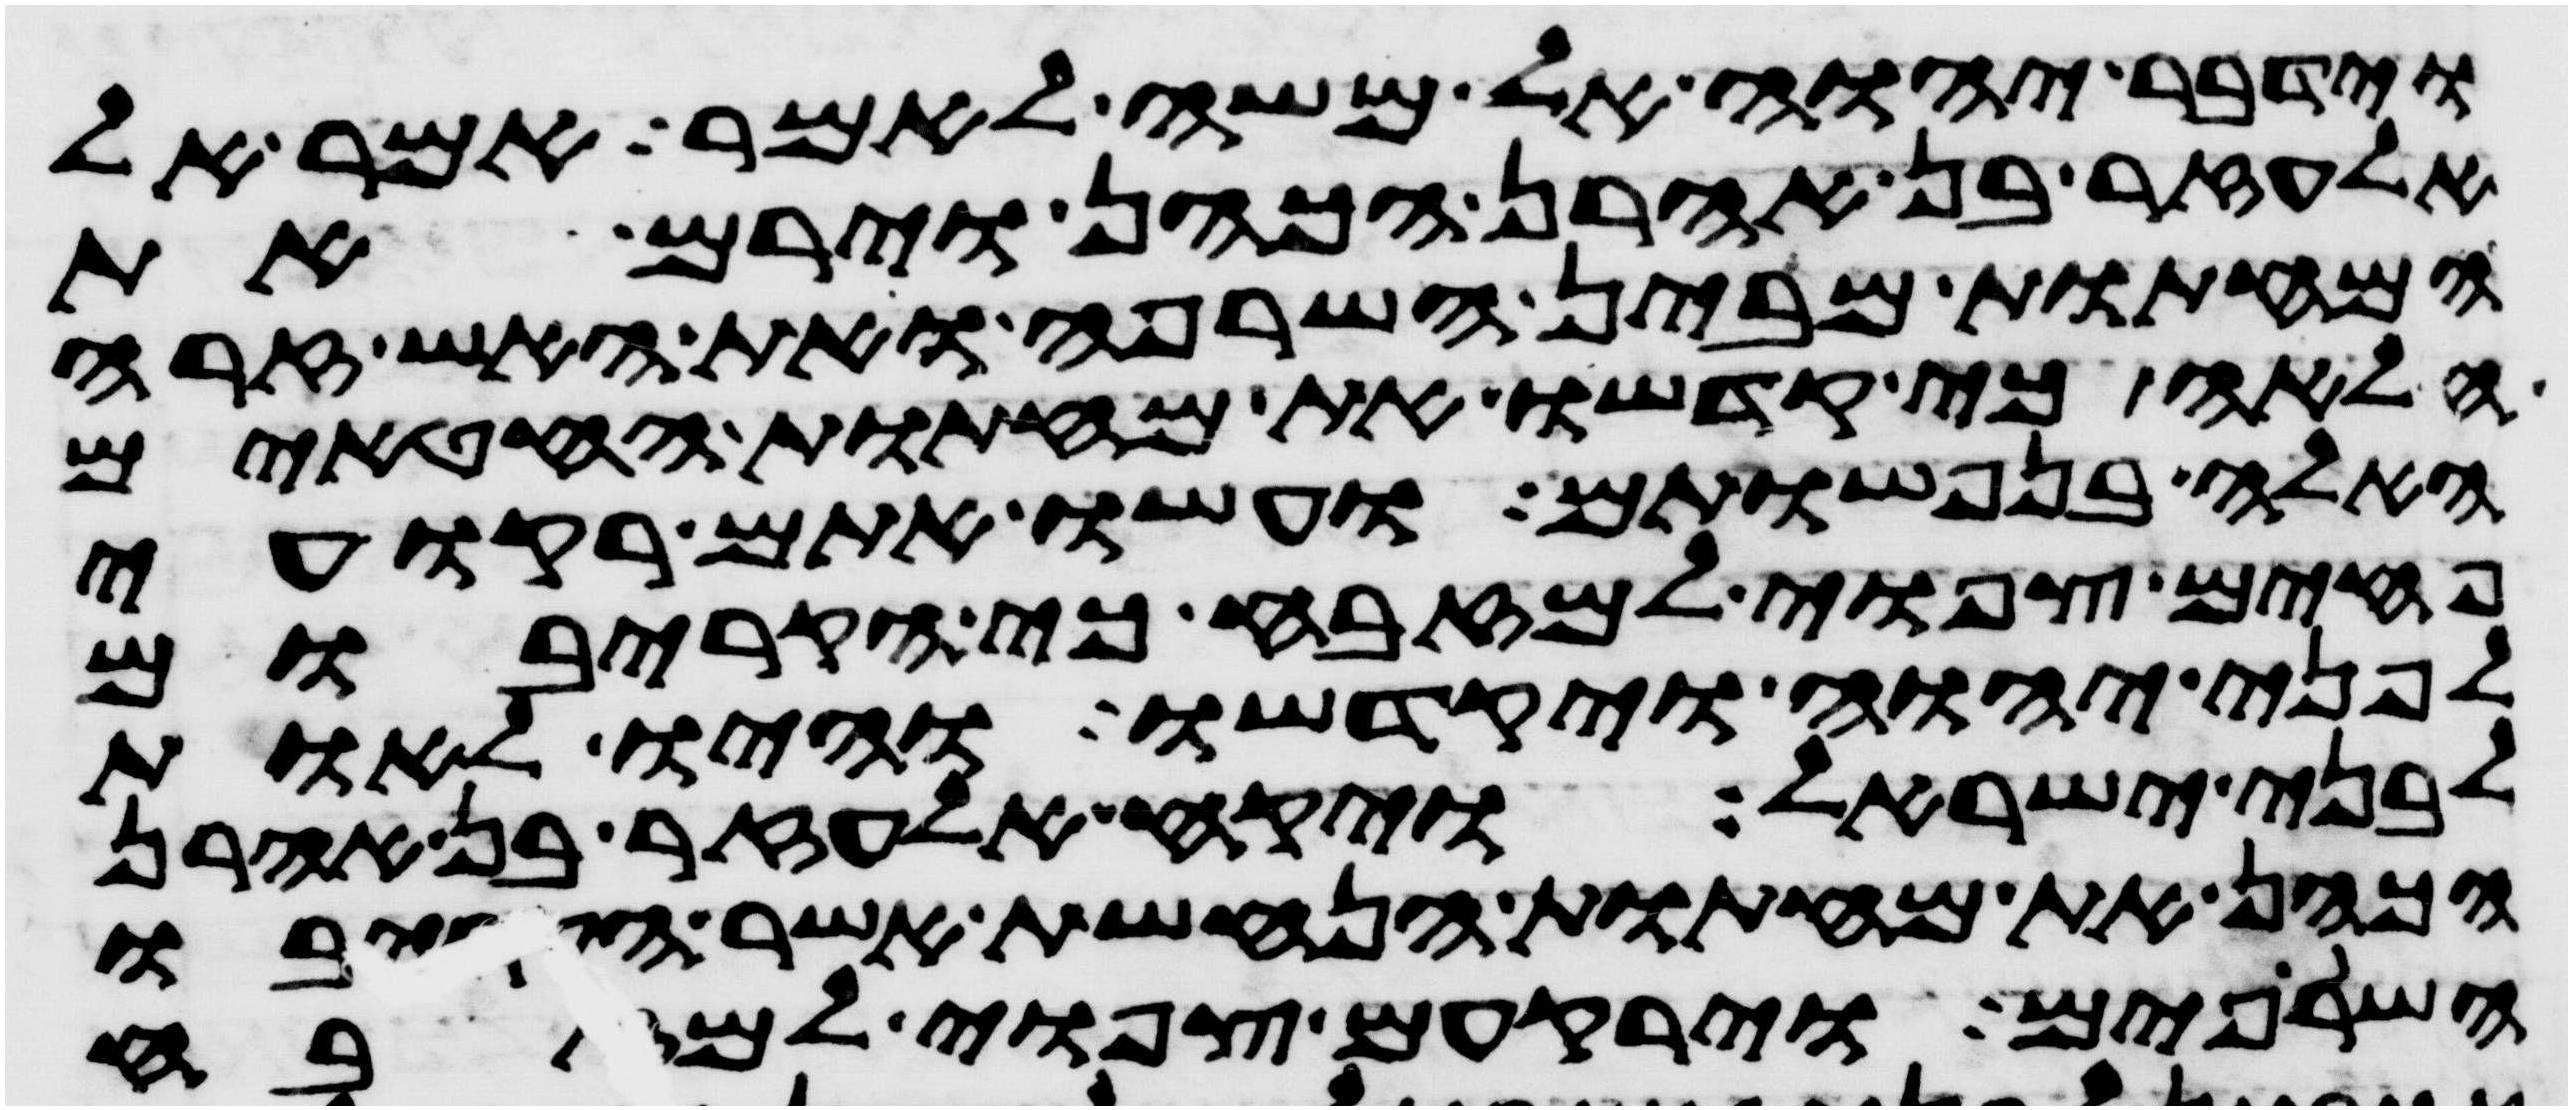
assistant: וידבר יהוה אל משה לאמר אמר אל
אלעזר בן אהרן הכהן וירם את
המחתות מבין השרפה ואת האש זרה
הלאה כי קדשו את מחתות החטאים
האלה בנפשותם ועשו אתם רקועי
פחים צפואי למזבח כי הקריבום
לפני יהוה ויקדשו והיו לאות
לבני ישראל ויקח אלעזר בן אהרן
הכהן את מחתות הנחשת אשר הקריבו
השרופים וירקעום צפואי למזבח